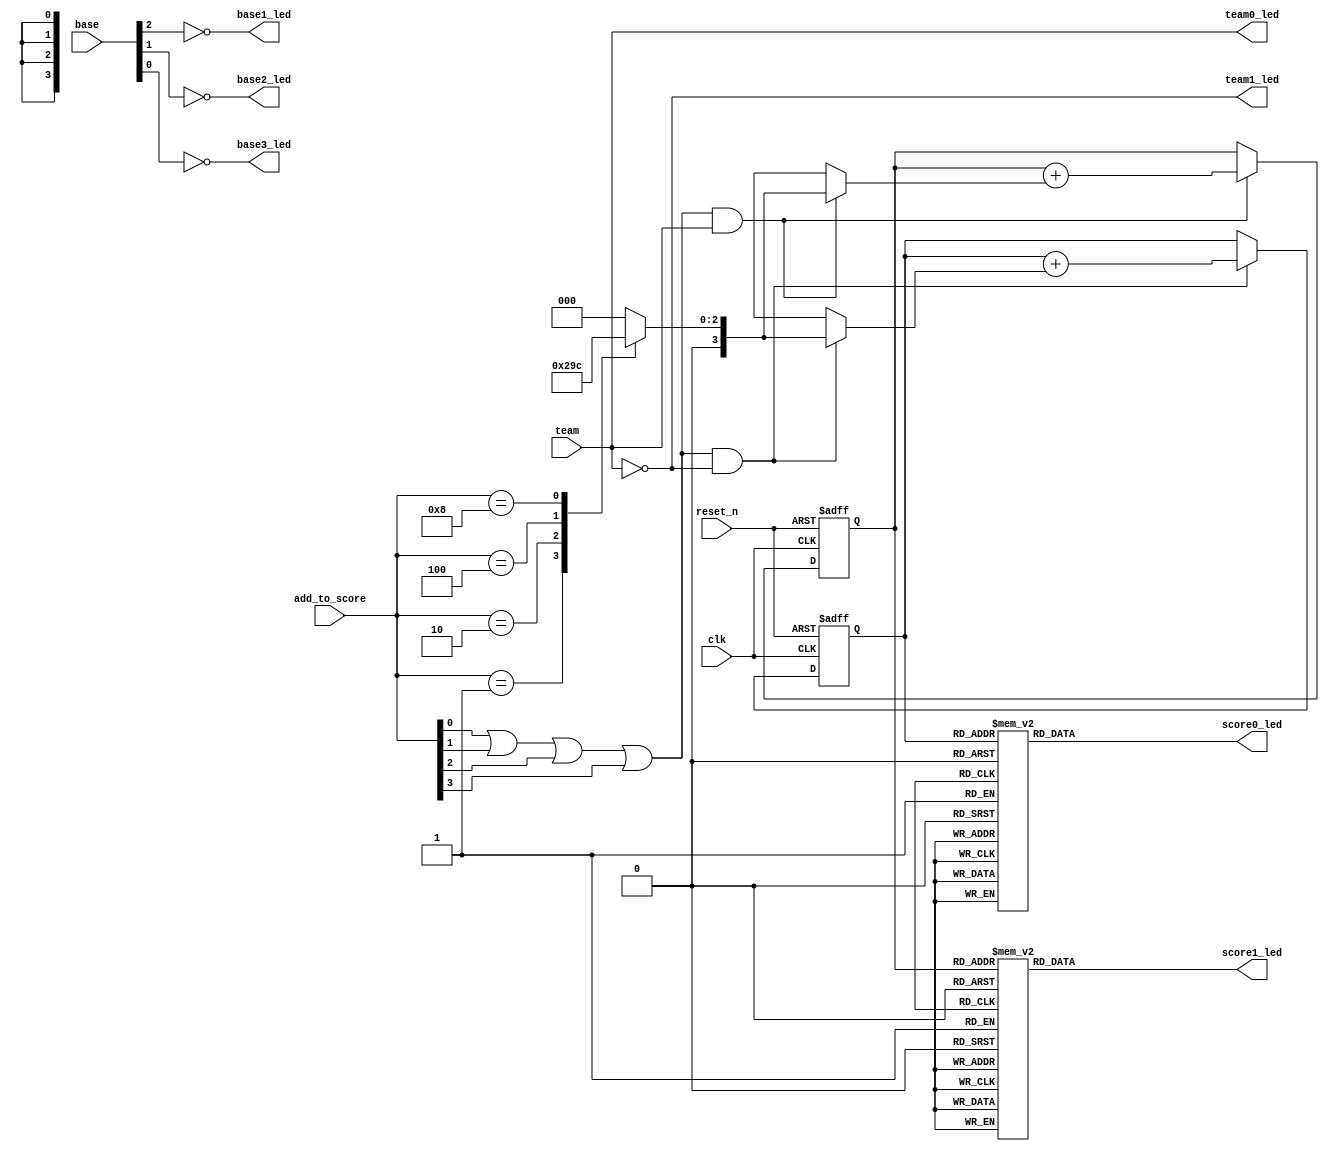
`default_nettype none

module baseball_led_out(
	input wire clk,
	input wire reset_n,
	input wire team,
	input wire [2:0] base,
	input wire [3:0] add_to_score,
	output wire team0_led, team1_led,
	output wire base1_led, base2_led, base3_led,
	output wire [6:0] score0_led, score1_led
);

	function [3:0] score_enc(input [3:0] wires);
	begin
		case (wires)
			4'b0001: score_enc = 4'b0001;
			4'b0010: score_enc = 4'b0010;
			4'b0100: score_enc = 4'b0011;
			4'b1000: score_enc = 4'b0100;
			default: score_enc = 4'b0000;
		endcase
	end
	endfunction

	// score adder
	reg [3:0] score0, score1;
	always @(posedge clk, negedge reset_n) begin
		if (!reset_n) begin
			score0 <= 0;
			score1 <= 0;
		end else begin
			if ((add_to_score[0] || add_to_score[1] || add_to_score[2] || add_to_score[3]) && !team) begin
				score0 <= score0 + score_enc(add_to_score);
			end
			if ((add_to_score[0] || add_to_score[1] || add_to_score[2] || add_to_score[3]) && team) begin
				score1 <= score1 + score_enc(add_to_score);
			end
		end
	end


	function [6:0] hex7segdec(input [3:0] hex);
	begin
		case (hex)
			4'b0000: hex7segdec = 7'b0000001;
			4'b0001: hex7segdec = 7'b1001111;
			4'b0010: hex7segdec = 7'b0010010;
			4'b0011: hex7segdec = 7'b0000110;
			4'b0100: hex7segdec = 7'b1001100;
			4'b0101: hex7segdec = 7'b0100100;
			4'b0110: hex7segdec = 7'b0100000;
			4'b0111: hex7segdec = 7'b0001111;
			4'b1000: hex7segdec = 7'b0000000;
			4'b1001: hex7segdec = 7'b0000100;
			4'b1010: hex7segdec = 7'b0001000;
			4'b1011: hex7segdec = 7'b1100000;
			4'b1100: hex7segdec = 7'b1110010;
			4'b1101: hex7segdec = 7'b1000010;
			4'b1110: hex7segdec = 7'b0110000;
			4'b1111: hex7segdec = 7'b0111000;
			default: hex7segdec = 7'b1001000; // X
		endcase
	end
	endfunction

	// display
	assign team0_led = team;
	assign team1_led = !team;
	assign base1_led = !base[2];
	assign base2_led = !base[1];
	assign base3_led = !base[0];
	assign score0_led = hex7segdec(score0);
	assign score1_led = hex7segdec(score1);

endmodule